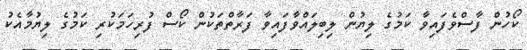
ކޯހުން ފާސްވެފައިވާ ކަމުގެ ލިޔުން ލިބިލައްވާފައިވާ ފަރާތްތަކުން ކޯސް ފުރިހަމަކުރި ކަމުގެ ލިޔުމާއެކު